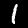
Digit: 1